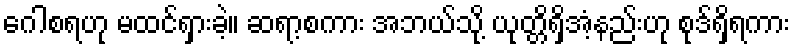
ဂေါစရဟု မထင်ရှားခဲ့။ ဆရာ့စကား အဘယ်သို့ ယုတ္တိရှိအံ့နည်းဟု စုဒ်ရှိရကား